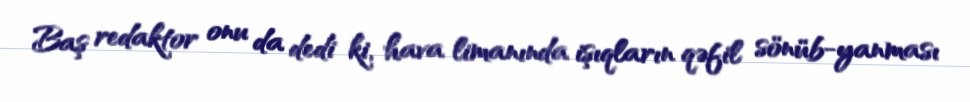
Baş redaktor onu da dedi ki, hava limanında işıqların qəfil sönüb-yanması